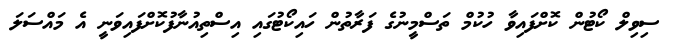
ސިވިލް ކޯޓުން ކޮށްފައިވާ ހުކުމް ތަސްމީނުގެ ފަރާތުން ހައިކޯޓުގައި އިސްތިއުނާފުކޮށްފައިވަނީ އެ މައްސަލަ